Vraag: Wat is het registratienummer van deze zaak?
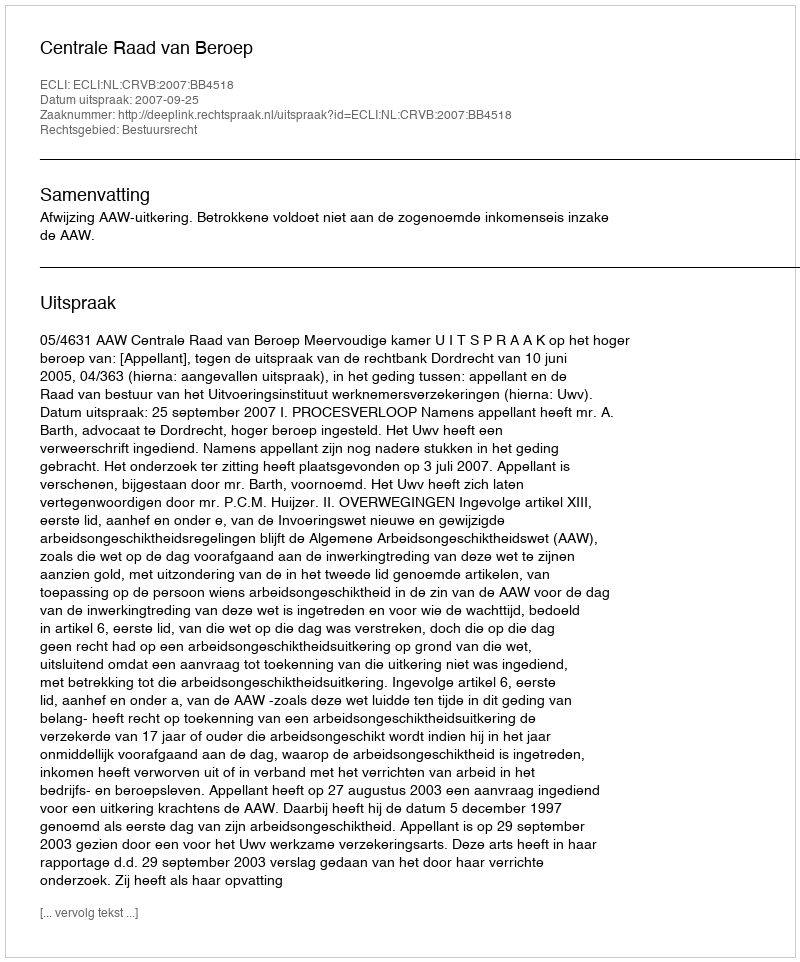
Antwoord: http://deeplink.rechtspraak.nl/uitspraak?id=ECLI:NL:CRVB:2007:BB4518